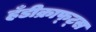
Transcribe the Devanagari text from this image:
हँडीक्राफ्ट्स